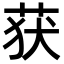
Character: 获